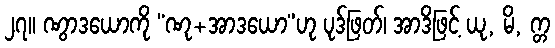
၂၇။ ဏွာဒယောကို “ဏု+အာဒယော”ဟု ပုဒ်ဖြတ်၊ အာဒိဖြင့် ယု, မိ, က္တ